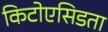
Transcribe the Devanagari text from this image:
किटोएसिडता